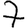
Digit: 7